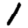
Digit: 1